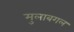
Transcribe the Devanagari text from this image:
मुलाबगल